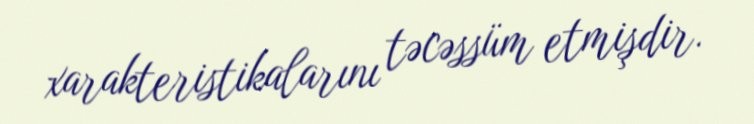
xarakteristikalarını təcəssüm etmişdir.